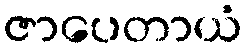
ဇာပေတာယံ